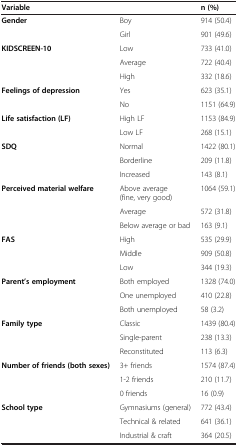
<table><thead><tr><td><b>Variable</b></td><td><b> </b></td><td><b>n (%)</b></td></tr></thead><tbody><tr><td rowspan="2"><b>Gender</b></td><td>Boy</td><td>914 (50.4)</td></tr><tr><td>Girl</td><td>901 (49.6)</td></tr><tr><td rowspan="3"><b>KIDSCREEN-10</b></td><td>Low</td><td>733 (41.0)</td></tr><tr><td>Average</td><td>722 (40.4)</td></tr><tr><td>High</td><td>332 (18.6)</td></tr><tr><td rowspan="2"><b>Feelings of depression</b></td><td>Yes</td><td>623 (35.1)</td></tr><tr><td>No</td><td>1151 (64.9)</td></tr><tr><td rowspan="2"><b>Life satisfaction (LF)</b></td><td>High LF</td><td>1153 (84.9)</td></tr><tr><td>Low LF</td><td>268 (15.1)</td></tr><tr><td rowspan="3"><b>SDQ</b></td><td>Normal</td><td>1422 (80.1)</td></tr><tr><td>Borderline</td><td>209 (11.8)</td></tr><tr><td>Increased</td><td>143 (8.1)</td></tr><tr><td rowspan="3"><b>Perceived material welfare</b></td><td>Above average (fine, very good)</td><td>1064 (59.1)</td></tr><tr><td>Average</td><td>572 (31.8)</td></tr><tr><td>Below average or bad</td><td>163 (9.1)</td></tr><tr><td rowspan="3"><b>FAS</b></td><td>High</td><td>535 (29.9)</td></tr><tr><td>Middle</td><td>909 (50.8)</td></tr><tr><td>Low</td><td>344 (19.3)</td></tr><tr><td rowspan="3"><b>Parent’s employment</b></td><td>Both employed</td><td>1328 (74.0)</td></tr><tr><td>One unemployed</td><td>410 (22.8)</td></tr><tr><td>Both unemployed</td><td>58 (3.2)</td></tr><tr><td rowspan="3"><b>Family type</b></td><td>Classic</td><td>1439 (80.4)</td></tr><tr><td>Single-parent</td><td>238 (13.3)</td></tr><tr><td>Reconstituted</td><td>113 (6.3)</td></tr><tr><td rowspan="3"><b>Number of friends (both sexes)</b></td><td>3+ friends</td><td>1574 (87.4)</td></tr><tr><td>1-2 friends</td><td>210 (11.7)</td></tr><tr><td>0 friends</td><td>16 (0.9)</td></tr><tr><td rowspan="2"><b>School type</b></td><td>Gymnasiums (general)</td><td>772 (43.4)</td></tr><tr><td>Technical &amp; related</td><td>641 (36.1)</td></tr><tr><td> </td><td>Industrial &amp; craft</td><td>364 (20.5)</td></tr></tbody></table>